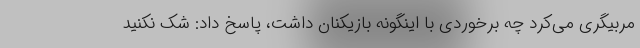
مربیگری می‌کرد چه برخوردی با اینگونه بازیکنان داشت، پاسخ داد: شک نکنید